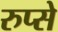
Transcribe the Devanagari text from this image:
रुप्से